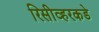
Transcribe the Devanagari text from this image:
रिसीव्हरकडे